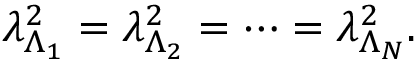
\lambda _ { \Lambda _ { 1 } } ^ { 2 } = \lambda _ { \Lambda _ { 2 } } ^ { 2 } = \dots = \lambda _ { \Lambda _ { N } } ^ { 2 } .